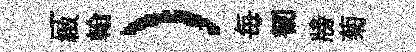
一緻翰）毎韧牓菊